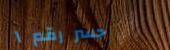
جسر رقم ١